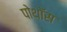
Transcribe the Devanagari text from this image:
पोथॉस